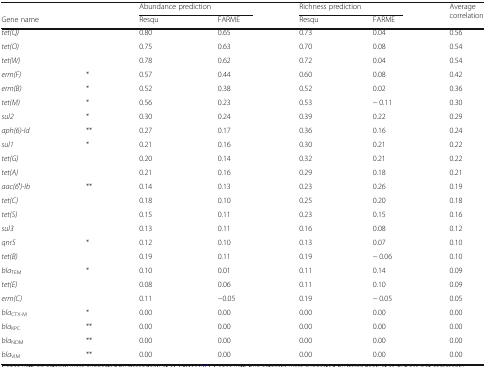
<table><thead><tr><td></td><td></td><td colspan="2"><b>Abundance prediction</b></td><td colspan="2"><b>Richness prediction</b></td><td rowspan="2"><b>Average correlation</b></td></tr><tr><td><b>Gene name</b></td><td></td><td><b>Resqu</b></td><td><b>FARME</b></td><td><b>Resqu</b></td><td><b>FARME</b></td></tr></thead><tbody><tr><td><i>tet(Q)</i></td><td></td><td>0.80</td><td>0.65</td><td>0.73</td><td>0.04</td><td>0.56</td></tr><tr><td><i>tet(O)</i></td><td></td><td>0.75</td><td>0.63</td><td>0.70</td><td>0.08</td><td>0.54</td></tr><tr><td><i>tet(W)</i></td><td></td><td>0.78</td><td>0.62</td><td>0.72</td><td>0.04</td><td>0.54</td></tr><tr><td><i>erm(F)</i></td><td>*</td><td>0.57</td><td>0.44</td><td>0.60</td><td>0.08</td><td>0.42</td></tr><tr><td><i>erm(B)</i></td><td>*</td><td>0.52</td><td>0.38</td><td>0.52</td><td>0.02</td><td>0.36</td></tr><tr><td><i>tet(M)</i></td><td>*</td><td>0.56</td><td>0.23</td><td>0.53</td><td>− 0.11</td><td>0.30</td></tr><tr><td><i>sul2</i></td><td>*</td><td>0.30</td><td>0.24</td><td>0.39</td><td>0.22</td><td>0.29</td></tr><tr><td><i>aph(6)-Id</i></td><td>**</td><td>0.27</td><td>0.17</td><td>0.36</td><td>0.16</td><td>0.24</td></tr><tr><td><i>sul1</i></td><td>*</td><td>0.21</td><td>0.16</td><td>0.30</td><td>0.21</td><td>0.22</td></tr><tr><td><i>tet(G)</i></td><td></td><td>0.20</td><td>0.14</td><td>0.32</td><td>0.21</td><td>0.22</td></tr><tr><td><i>tet(A)</i></td><td></td><td>0.21</td><td>0.16</td><td>0.29</td><td>0.18</td><td>0.21</td></tr><tr><td><i>aac(6′)-Ib</i></td><td>**</td><td>0.14</td><td>0.13</td><td>0.23</td><td>0.26</td><td>0.19</td></tr><tr><td><i>tet(C)</i></td><td></td><td>0.18</td><td>0.10</td><td>0.25</td><td>0.20</td><td>0.18</td></tr><tr><td><i>tet(S)</i></td><td></td><td>0.15</td><td>0.11</td><td>0.23</td><td>0.15</td><td>0.16</td></tr><tr><td><i>sul3</i></td><td></td><td>0.13</td><td>0.11</td><td>0.16</td><td>0.08</td><td>0.12</td></tr><tr><td><i>qnrS</i></td><td>*</td><td>0.12</td><td>0.10</td><td>0.13</td><td>0.07</td><td>0.10</td></tr><tr><td><i>tet(B)</i></td><td></td><td>0.19</td><td>0.11</td><td>0.19</td><td>− 0.06</td><td>0.10</td></tr><tr><td><i>bla</i><sub>TEM</sub></td><td>*</td><td>0.10</td><td>0.01</td><td>0.11</td><td>0.14</td><td>0.09</td></tr><tr><td><i>tet(E)</i></td><td></td><td>0.08</td><td>0.06</td><td>0.11</td><td>0.10</td><td>0.09</td></tr><tr><td><i>erm(C)</i></td><td></td><td>0.11</td><td>−0.05</td><td>0.19</td><td>− 0.05</td><td>0.05</td></tr><tr><td><i>bla</i><sub>CTX-M</sub></td><td>*</td><td>0.00</td><td>0.00</td><td>0.00</td><td>0.00</td><td>0.00</td></tr><tr><td><i>bla</i><sub>KPC</sub></td><td>**</td><td>0.00</td><td>0.00</td><td>0.00</td><td>0.00</td><td>0.00</td></tr><tr><td><i>bla</i><sub>NDM</sub></td><td>**</td><td>0.00</td><td>0.00</td><td>0.00</td><td>0.00</td><td>0.00</td></tr><tr><td><i>bla</i><sub>VIM</sub></td><td>**</td><td>0.00</td><td>0.00</td><td>0.00</td><td>0.00</td><td>0.00</td></tr></tbody></table>